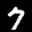
Label: 7